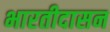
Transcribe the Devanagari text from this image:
भारतीदासन